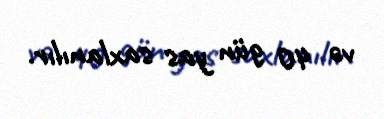
və 40 gün yas saxlanılır.